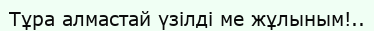
Тұра алмастай үзілді ме жұлыным!..